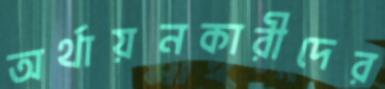
অর্থায়নকারীদের